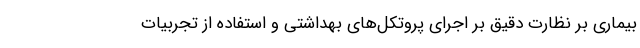
بیماری بر نظارت دقیق بر اجرای پروتکل‌های بهداشتی و استفاده از تجربیات